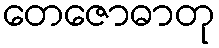
တေဇောဓာတု